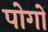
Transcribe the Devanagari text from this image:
पोगों